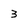
Character: 3